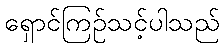
ရှောင်ကြဉ်သင့်ပါသည်